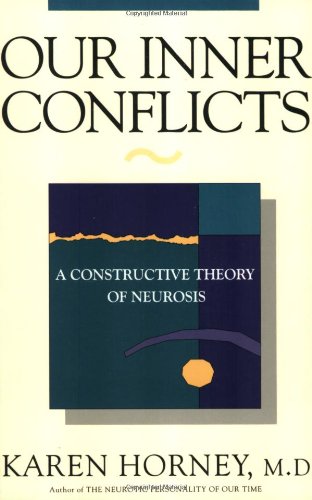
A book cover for Our Inner Conflicts: A Constructive Theory of Neurosis; Karen Horney; Science & Math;